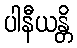
ပါနီယန္တိ